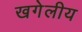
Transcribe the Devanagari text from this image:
खगेलीय